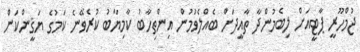
ޖުމްހޫރީ ޕާޓީއަށް ލިބެމުންދާ ތާއީދަށް ބެއްލެވުމުން އިންތިހާބު ކާމިޔާބު ކުރެވޭނެ ކަމުގެ ޔަޤީންކަން